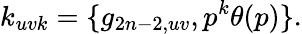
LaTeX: k_{uvk}=\{ g_{2n-2,uv},p^{k}\theta(p)\} .